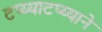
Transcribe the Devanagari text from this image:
टप्य्याटप्य्याने